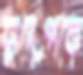
সুদেপকে